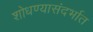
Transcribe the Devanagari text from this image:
शोधण्यासंदर्भात